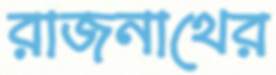
রাজনাথের